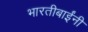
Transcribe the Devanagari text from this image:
भारतीबाईंनी